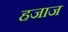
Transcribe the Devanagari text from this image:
हजाज